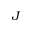
J